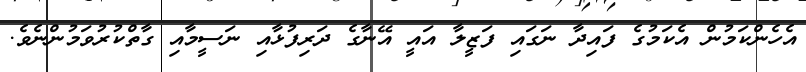
އެހެންކަމުން އެކަމުގެ ފައިދާ ނަގައި ފަޒީލާ އައީ އޭނާގެ ދަރިފުޅާއި ނަސީމާއި ގާތްކުރުވަމުންނެވެ.